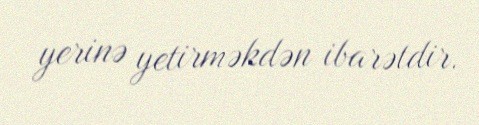
yerinə yetirməkdən ibarətdir.